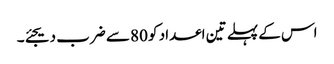
اس کے پہلے تین اعداد کو 80 سے ضرب دیجئے۔